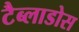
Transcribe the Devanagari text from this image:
टैब्लाडोस